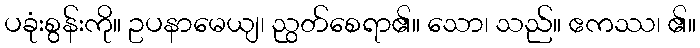
ပခုံးစွန်းကို။ ဥပနာမေယျ၊ ညွတ်စေရာ၏။ သော၊ သည်။ ဧကဿ၊ ၏။